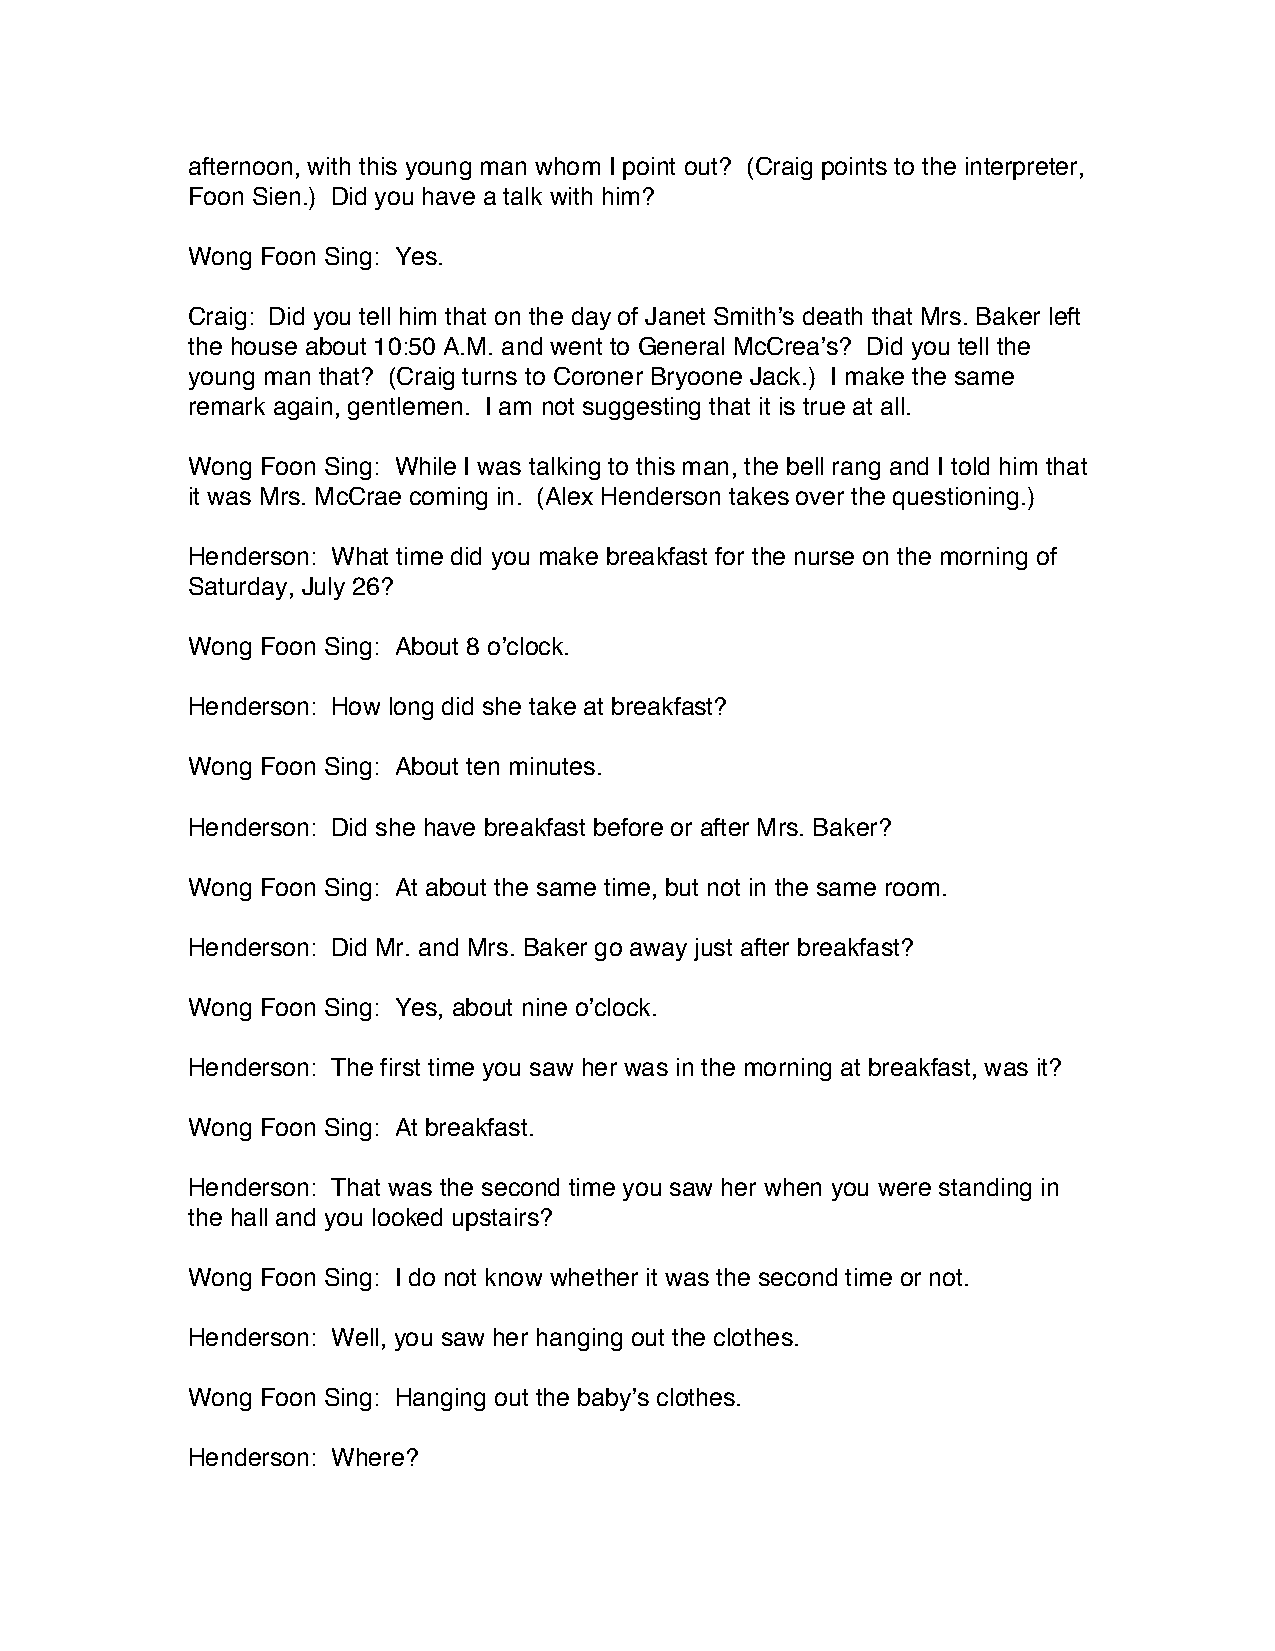
afternoon, with this young man whom I point out? (Craig points to the interpreter,
 Foon Sien.) Did you have a talk with him?
 Wong Foon Sing: Yes.
 Craig: Did you tell him that on the day of Janet Smith’s death that Mrs. Baker left
 the house about 10:50 A.M. and went to General McCrea’s? Did you tell the
 young man that? (Craig turns to Coroner Bryoone Jack.) I make the same
 remark again, gentlemen. I am not suggesting that it is true at all.
 Wong Foon Sing: While I was talking to this man, the bell rang and I told him that
 it was Mrs. McCrae coming in. (Alex Henderson takes over the questioning.)
 Henderson: What time did you make breakfast for the nurse on the morning of
 Saturday, July 26?
 Wong Foon Sing: About 8 o’clock.
 Henderson: How long did she take at breakfast?
 Wong Foon Sing: About ten minutes.
 Henderson: Did she have breakfast before or after Mrs. Baker?
 Wong Foon Sing: At about the same time, but not in the same room.
 Henderson: Did Mr. and Mrs. Baker go away just after breakfast?
 Wong Foon Sing: Yes, about nine o’clock.
 Henderson: The first time you saw her was in the morning at breakfast, was it?
 Wong Foon Sing: At breakfast.
 Henderson: That was the second time you saw her when you were standing in
 the hall and you looked upstairs?
 Wong Foon Sing: I do not know whether it was the second time or not.
 Henderson: Well, you saw her hanging out the clothes.
 Wong Foon Sing: Hanging out the baby’s clothes.
 Henderson: Where?